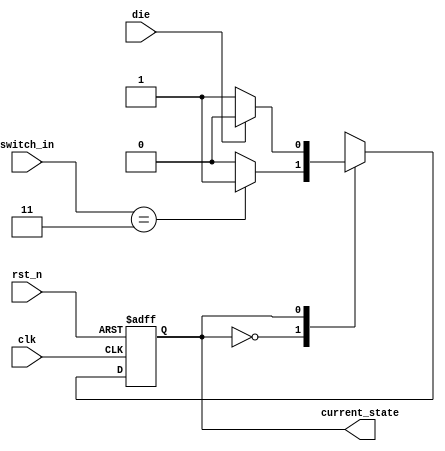
//Kang HB
`timescale 1ns / 1ps

module state_machine(
input clk,
input rst_n,
input [2:0]switch_in,
input die,
output reg current_state
);
    parameter main = 0;
    parameter gaming = 1;
    reg next_state;
    
  
    always @ (posedge clk or negedge rst_n)begin
        if(!rst_n)begin
            current_state<=main;
        end
        else begin
            current_state<= next_state;
        end
    end

    always@(*)begin
        case(current_state)
            main : if(switch_in==3)begin
                next_state<=gaming;
            end
            else begin
                next_state<=main;
            end
            
            gaming : if(die)begin
                next_state<=main;
            end
            else begin
                next_state<= gaming;
            end
            
            default : next_state<= main;
        endcase     
    end


endmodule